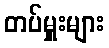
တပ်မှူးများ